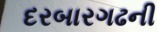
દરબારગઢની